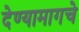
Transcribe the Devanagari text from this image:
देण्यामागचे